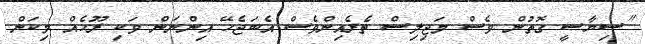
"ސިޔާސީ ގޮތުން ވެސް މަޖިލިސް ތެރެއިންވެސް އެބަޖެހޭ އިންނަން ވަކި ރޫހެއް މިކަން